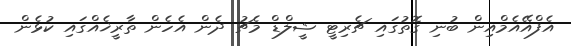
އެފްއޭއެމްއިން ބުނި ގޮތުގައި ޗެރިޓީ ޝީލްޑް މެޗު ދެން އެހެން ތާރީޚެއްގައި ކުޅެން